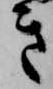
き